Report of the Indian Hemp Drugs Commission, 1894-1895 - Volume II
Year: 1894
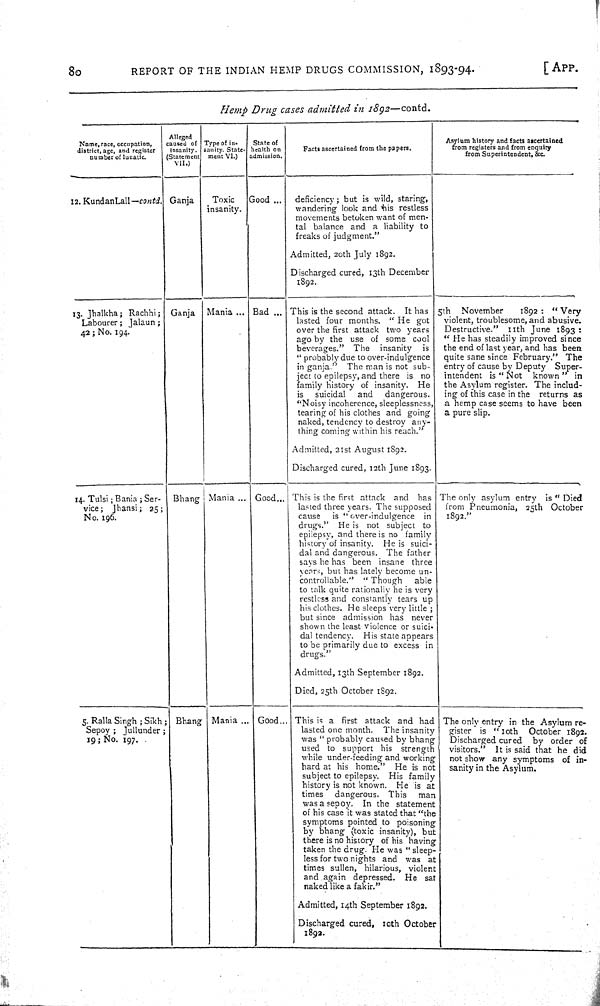
80
REPORT OF THE INDIAN HEMP DRUGS COMMISSION, 1893-94.
[ APP.
Hemp Drug cases admitted in 1892—contd.
Name, race, occupation,
district, age, and register
number of lunatic.
Alleged
caused of
Insanity.
(Statement
VII.)
Type of in-
sanity. State-
ment VI.)
State of
health on
admission.
Facts ascertained from the papers.
Asylum history and facts ascertained
from registers and from enquiry
from Superintendent, &c.
12. KundanLall—contd. Ganja
Toxic
insanity.
Good
deficiency; but is wild, staring,
wandering look and his restless
movements betoken want of men-
tal balance and a liability to
freaks of judgment."
Admitted, 20th July 1892.
Discharged cured, 13th December
1892.
13. Jhalkha; Rachhi;
Labourer; Jalaun;
42; No. 194.
Ganja Mania
Bad
This is the second attack. It has
lasted four months. "He got
over the first attack two years
ago by the use of some cool
beverages." The insanity is
"probably due to over-indulgence
in ganja." The man is not sub-
ject to epilepsy, and there is no
family history of insanity. He
is suicidal and dangerous.
"Noisy incoherence, sleeplessness,
tearing of his clothes and going
naked, tendency to destroy any-
thing coming within his reach."
Admitted, 21st August 1892.
Discharged cured, 12th June 1893.
5th November
1892 : " Very
violent, troublesome, and abusive.
Destructive." 11th June 1893 :
"He has steadily improved since
the end of last year, and has been
quite sane since February." The
entry of cause by Deputy Super-
intendent is "Not known" in
the Asylum register. The includ-
ing of this case in the returns as
a hemp case seems to have been
a pure slip.
14. Tulsi; Bania; Ser-
vice; Jhansi; 25;
No. 196.
Bhang Mania
Good
This is the first attack and has
lasted three years. The supposed
cause is "over-indulgence in
drugs." He is not subject to
epilepsy, and there is no family
history of insanity. He is suici-
dal and dangerous. The father
says he has been insane three
years, but has lately become un-
controllable." "Though
able
to talk quite rationally he is very
restless and constantly tears up
his clothes. He sleeps very little ;
but since admission has never
shown the least violence or suici-
dal tendency. His state appears
to be primarily due to excess in
drugs."
Admitted, 13th September 1892.
Died, 25th October 1892.
The only asylum entry is "Died
from Pneumonia, 25th October
1892."
5. Ralla Singh ; Sikh;
Sepoy ; Jullunder ;
19; No. 197.
Bhang Mania
Good
This is a first attack and had
lasted one month. The insanity
was " probably caused by bhang
used to support his strength
while under-feeding and working
hard at his home." He is not
subject to epilepsy. His family
history is not known. He is at
times dangerous. This man
was a sepoy. In the statement
of his case it was stated that "the
symptoms pointed to poisoning
by bhang (toxic insanity), but
there is no history of his having
taken the drug. He was "sleep-
less for two nights and was at
times sullen, hilarious, violent
and again depressed. He sat
naked like a fakir."
Admitted, 14th September 1892.
Discharged cured, 10th October
1892.
The only entry in the Asylum re-
gister is "10th October 1892
Discharged cured by order of
visitors." It is said that he did
not show any symptoms of in
sanity in the Asylum.